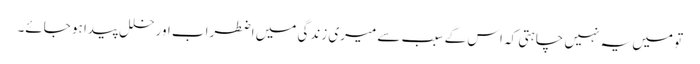
تو میں یہ نہیں چاہتی کہ اس کے سبب سے میری زندگی میں اضطراب اور خلل پیدا ہو جائے۔